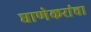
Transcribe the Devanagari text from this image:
घाणेकरांचा